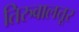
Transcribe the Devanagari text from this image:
तिरुवालत्तूर